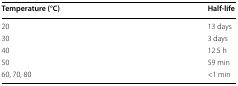
| Temperature (°C) | Half-life |
 | --- | --- |
 | 20 | 13 days |
 | 30 | 3 days |
 | 40 | 12.5 h |
 | 50 | 59 min |
 | 60, 70, 80 | <1 min |